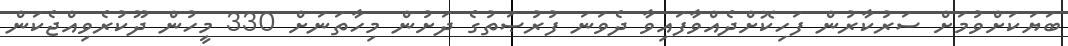
ބަޔަކަށްވުމަށް ސަރުކާރުން ފަހިކޮށްދެއްވާފައިވާ ދެވަނަ ފުރުޞަތުގެ ދަށުން މިހާތަނަށް 330 މީހުން ދޫކުރެވިއްޖެކަން